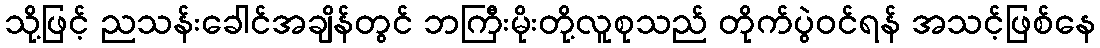
သို့ဖြင့် ညသန်းခေါင်အချိန်တွင် ဘကြီးမိုးတို့လူစုသည် တိုက်ပွဲဝင်ရန် အသင့်ဖြစ်နေ